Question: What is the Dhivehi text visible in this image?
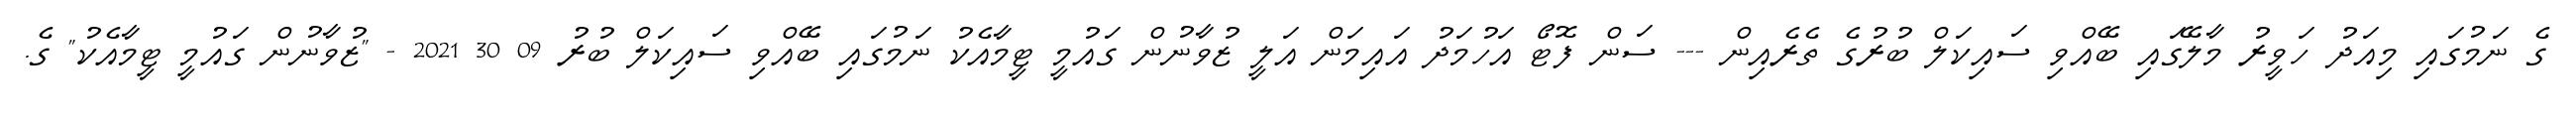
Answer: ގެ ނަމުގައި މިއަދު ހަވީރު މާލޭގައި ބޭއްވި ސައިކަލް ބުރުގެ ތެރެއިން --- ސަން ފޮޓޯ އަހުމަދު އައިމަން އަލީ ޒުވާނުން ގައުމީ ޓީމާއެކު ނަމުގައި ބޭއްވި ސައިކަލް ބުރު 09 30 2021 - "ޒުވާނުން ގައުމީ ޓީމާއެކު" ގެ.